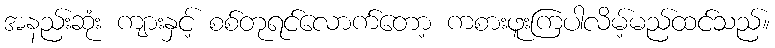
အနည်းဆုံး ကျားနှင့် စစ်တုရင်လောက်တော့ ကစားဖူးကြပါလိမ့်မည်ထင်သည်။